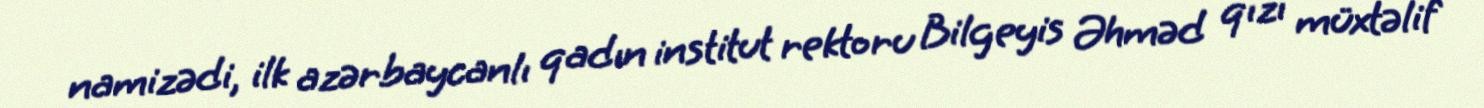
namizədi, ilk azərbaycanlı qadın institut rektoru Bilgeyis Əhməd qızı müxtəlif